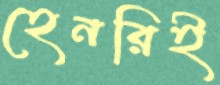
হেনরিই